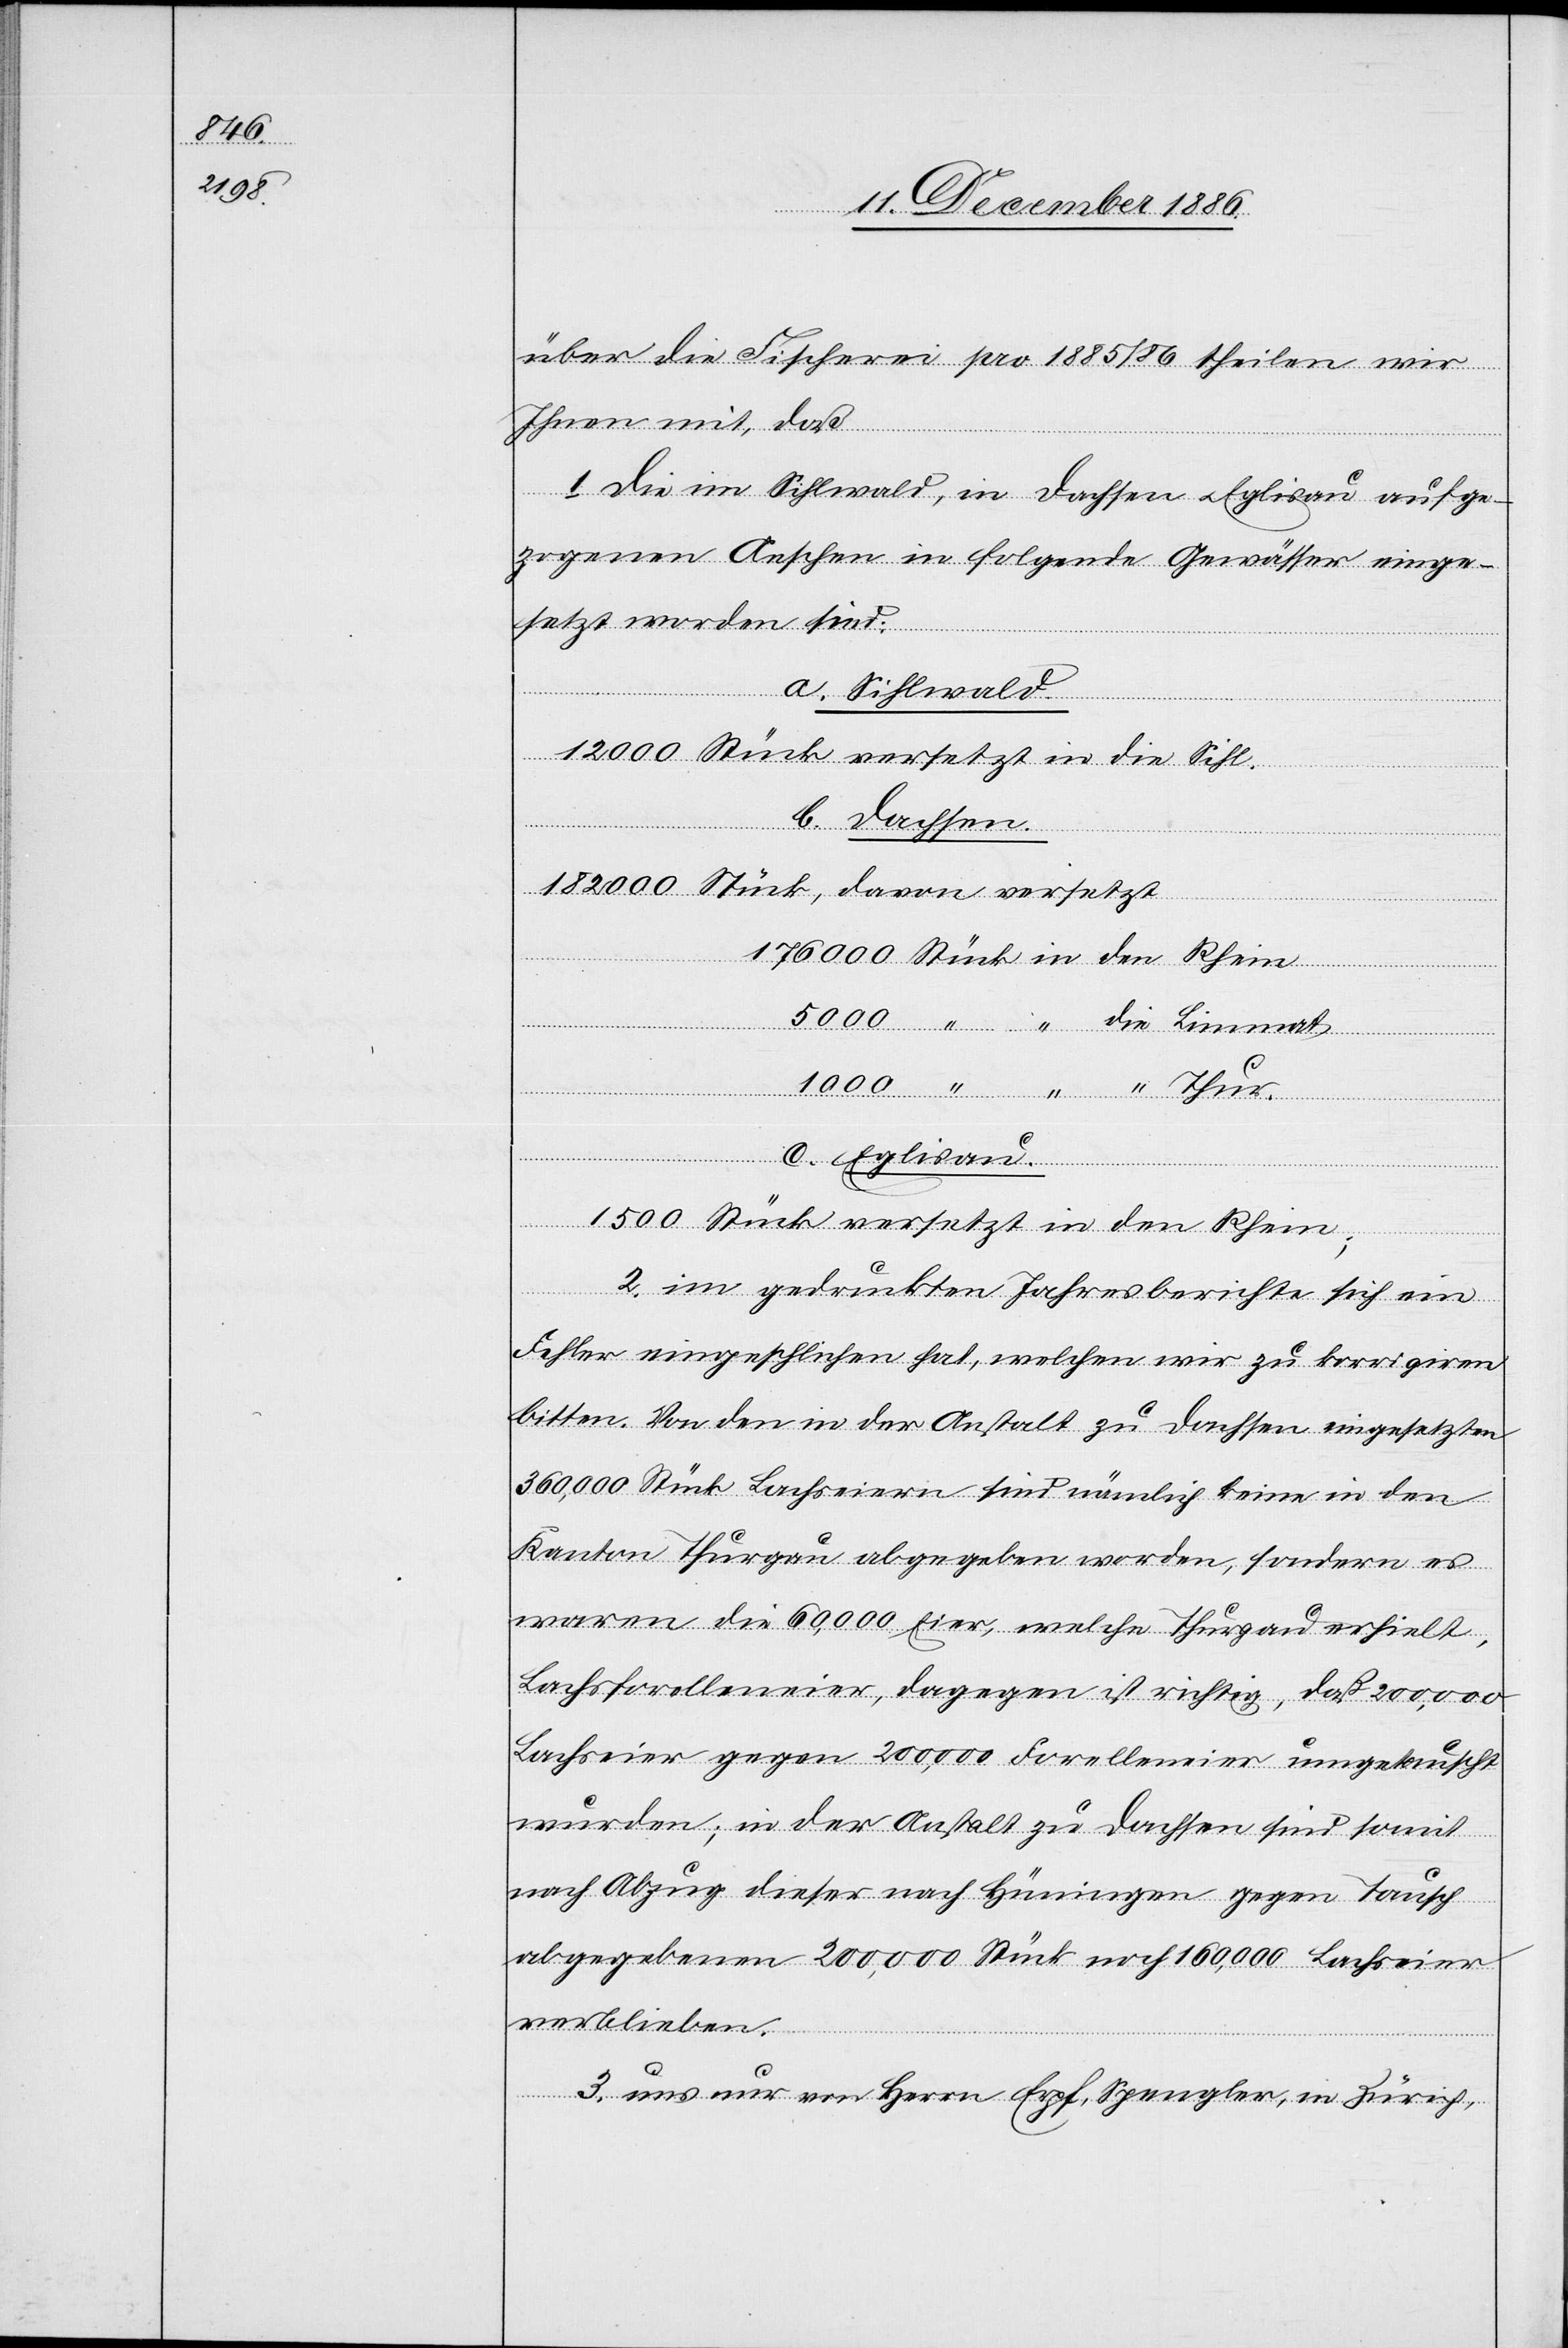
176
1000

über die Fischerei pro 1885/86 theilen wir
Ihnen mit, daß
1. die im Sihlwald, in Dachsen & Eglisau aufge¬
zogenen Aeschen in folgende Gewässer einge¬
setzt worden sind:
a. Sihlwald.
12 000 Stück versetzt in die Sihl.
b. Dachsen.
182 000 Stück, davon versetzt
2. im gedruckten Jahresberichte sich ein
Fehler eingeschlichen hat, welchen wir zu korrigiren
bitten. Von den in der Anstalt zu Dachsen eingesetzten
360,000 Stück Lachseiern sind nämlich keine in den
Kanton Thurgau abgegeben worden, sondern es
waren die 60,000 Eier, welche Thurgau erhielt,
Lachsforelleneier, dagegen ist richtig, daß 200,000
Lachseier gegen 200,000 Forelleneier umgetauscht
wurden; in der Anstalt zu Dachsen sind somit
nach Abzug dieser nach Hüningen gegen Tausch
abgegebenen 200,000 Stück noch 160,000 Lachseier
verblieben.
3. uns nur von Herrn Erpf, Spengler, in Zürich,